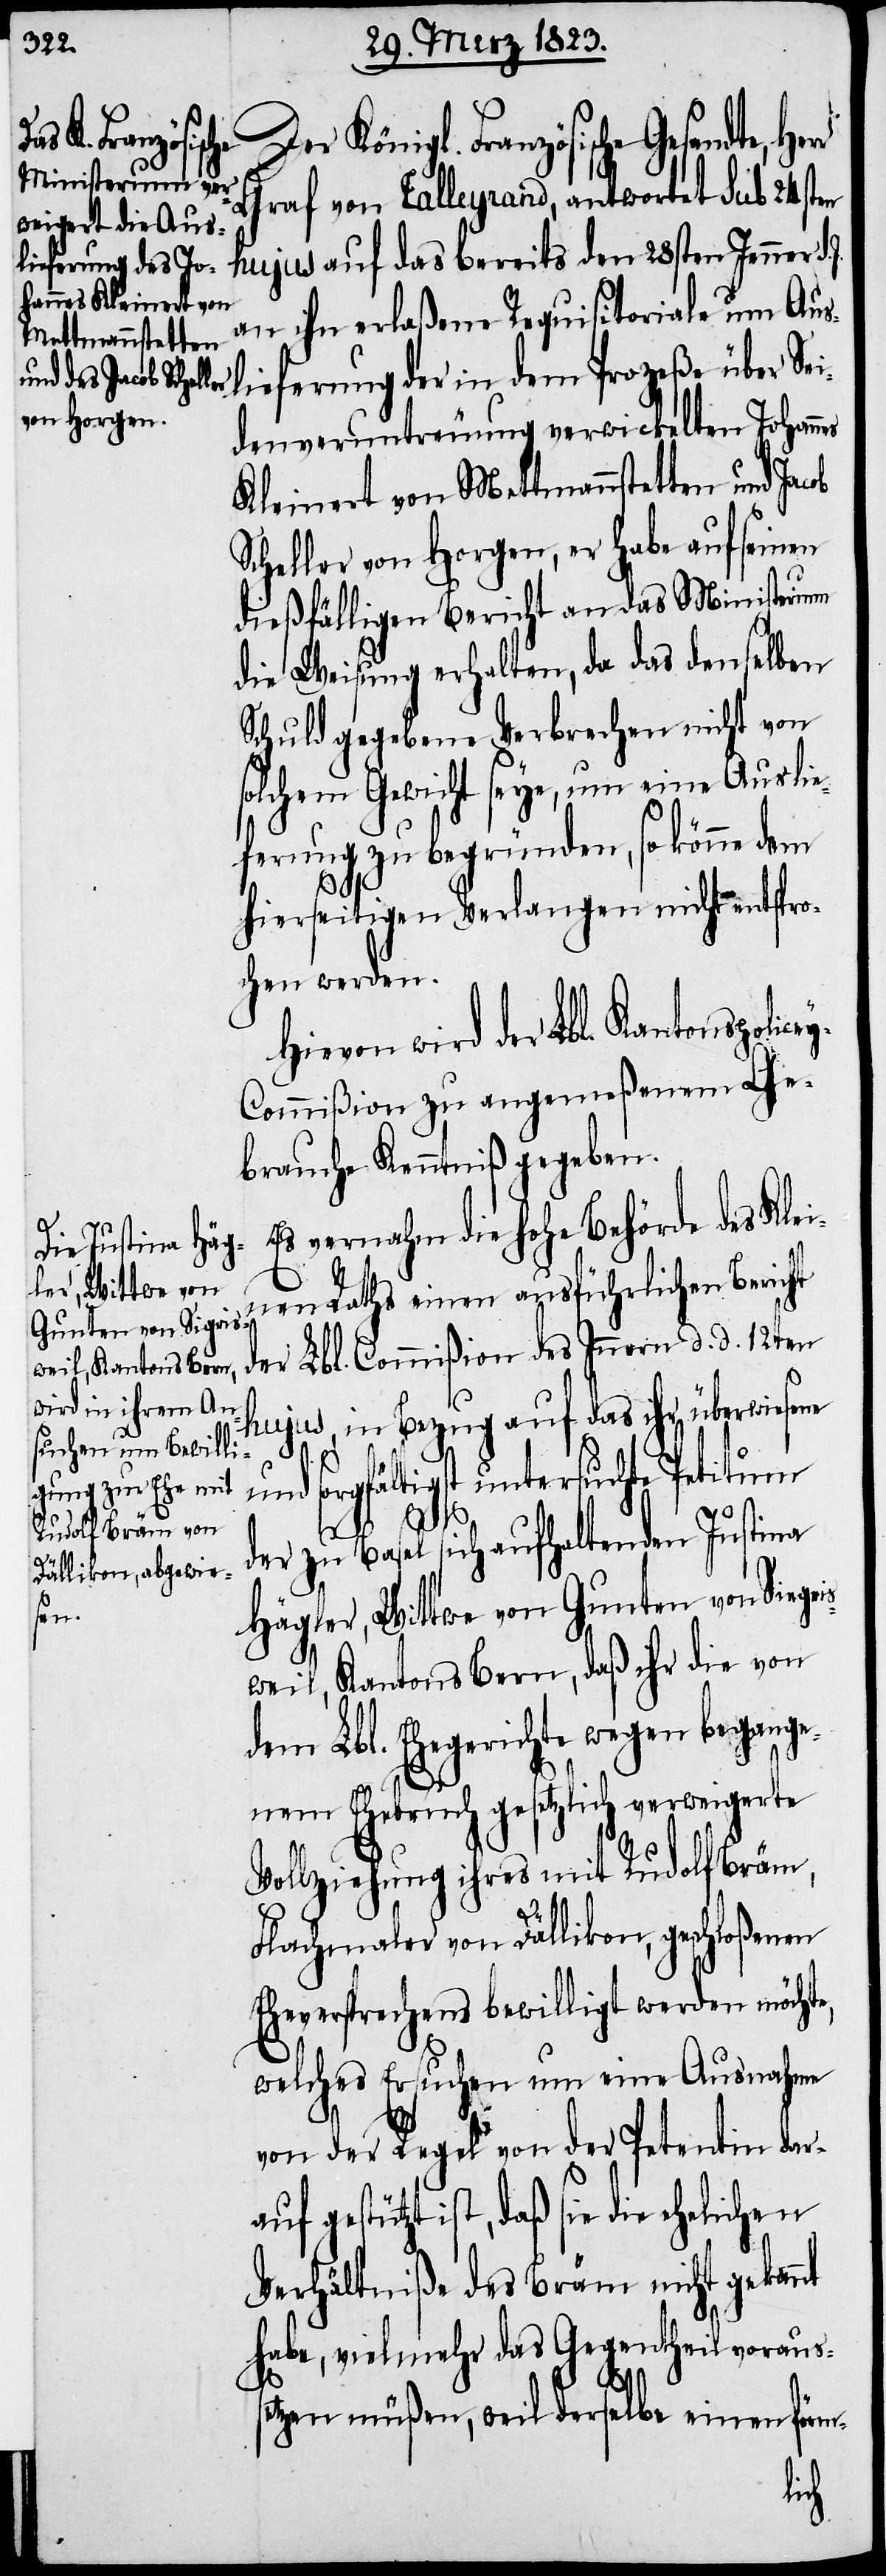
Der Königl. Französische Gesandte, He¬
Graf von Talleyrand, antwortet sub 24sten
hujus auf das bereits den 28sten Jenner d.
an ihn erlaßene Requisitoriale um A¬
uslieferung der in dem Prozeße über Sei¬
denveruntreuung verwickelten Johannes
Kleinert von Mettmannstetten und Jac¬
Scheller von Horgen, er habe auf seinen
dießfälligen Bericht an das Ministerium
die Weisung erhalten, da das denselben
Schuld gegebene Verbrechen nicht von
solchem Gewicht seye, um eine Auslie¬
ferung zu begründen, so könne dem
hierseitigen Verlangen nicht entspro¬
chen werden.
Hievon wird der Lbl. Kantonspolic¬
ey-Commißion zu angemeßenem Ge¬
brauche Kenntniß gegeben.
Es vernahm die hohe Behörde des Klei¬
nen Raths einen ausführlichen Bericht
der Lbl. Commißion des Innern d. d. 12ten
hujus, in Bezug auf das ihr überwiesene
und sorgfältigst untersuchte Petitum
der zu Basel sich aufhaltenden Justina
Hägler, Wittwe von Gunten von Siegr¬
weil, Kantons Bern, daß ihr die von
dem Lbl. Ehegerichte wegen begange¬
nem Ehebruch gesetzlich verweigerte
Vollziehung ihres mit Rudolf Bräm,
Flachmaler von Dällikon, geschloßenen
Eheversprechens bewilligt werden möchte,
welches Ersuchen um eine Ausnahme
von der Regel von der Petentin dar¬
auf gestützt ist, daß sie die ehelichen
Verhältniße des Bräm nicht gekan¬
habe, vielmehr das Gegentheil voraus¬
nt
setzen müßen, weil derselbe einen förm-